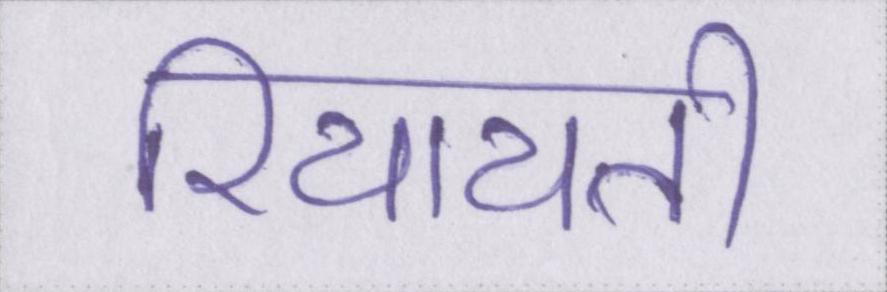
रियायती